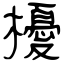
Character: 櫌